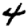
Digit: 4